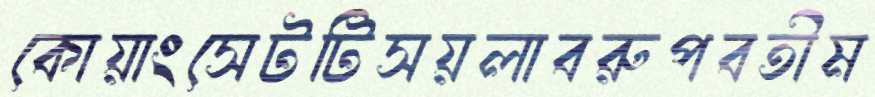
কোয়াংসেটটিসয়লাবরুপবতীম